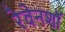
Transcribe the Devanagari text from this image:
रेवेनशॉ